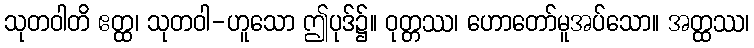
သုတဝါတိ ဧတ္ထ၊ သုတဝါ-ဟူသော ဤပုဒ်၌။ ဝုတ္တဿ၊ ဟောတော်မူအပ်သော။ အတ္ထဿ၊